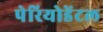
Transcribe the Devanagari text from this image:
पेरियोडेंटल